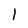
Character: I